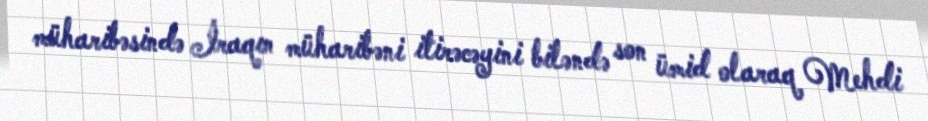
müharibəsində İraqın müharibəni itirəcəyini biləndə son ümid olaraq Mehdi